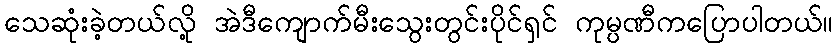
သေဆုံးခဲ့တယ်လို့ အဲဒီကျောက်မီးသွေးတွင်းပိုင်ရှင် ကုမ္ပဏီကပြောပါတယ်။